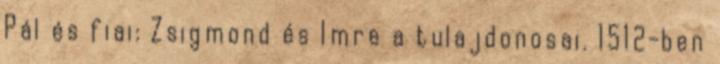
Pál és fiai: Zsigmond és Imre a tulajdonosai. 1512-ben